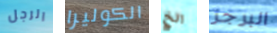
الرجل الكوليرا الخ البرجر